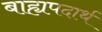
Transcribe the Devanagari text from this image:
बाह्यपदार्थ